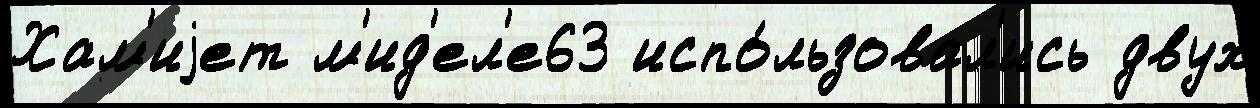
Хам'иjет м'ид'ел'е63 испо́льзовал'ись двух